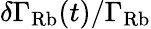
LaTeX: \delta\Gamma_{\mathrm{Rb}}(t)/\Gamma_{\mathrm{Rb}}